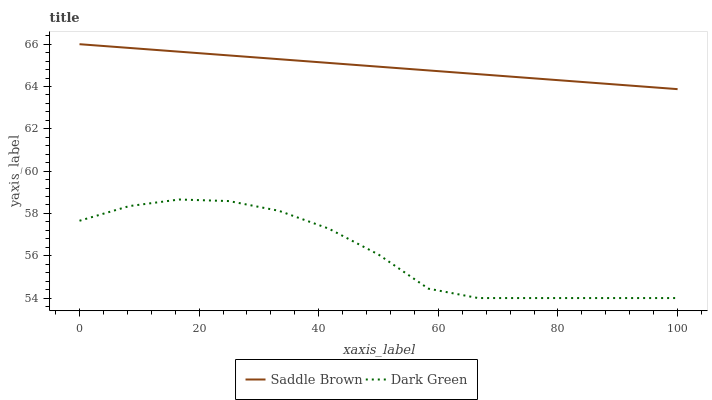
| xaxis_label | Saddle Brown | Dark Green |
 | --- | --- | --- |
 | 0 | 66 | 57.7 |
 | 8.33 | 65.8 | 58.3 |
 | 16.7 | 65.6 | 58.7 |
 | 25 | 65.5 | 58.6 |
 | 33.3 | 65.3 | 58.1 |
 | 41.7 | 65.1 | 57.3 |
 | 50 | 64.9 | 56.1 |
 | 58.3 | 64.8 | 54.4 |
 | 66.7 | 64.6 | 54 |
 | 75 | 64.4 | 54 |
 | 83.3 | 64.2 | 54 |
 | 91.7 | 64.1 | 54 |
 | 100 | 63.9 | 54 |